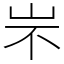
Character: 㞸